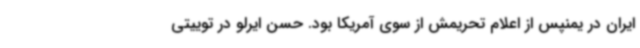
ایران در یمنپس از اعلام تحریمش از سوی آمریکا بود. حسن ایرلو در توییتی